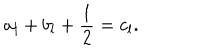
a _ { l } + b _ { l } + { \frac { 1 } { 2 } } = c _ { l } .